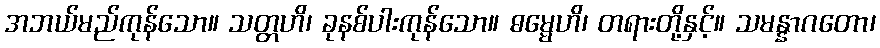
အဘယ်မည်ကုန်သော။ သတ္တဟိ၊ ခုနစ်ပါးကုန်သော။ ဓမ္မေဟိ၊ တရားတို့နှင့်။ သမန္နာဂတော၊